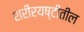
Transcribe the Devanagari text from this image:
शरीरयष्टीतील